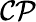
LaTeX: \mathcal{CP}